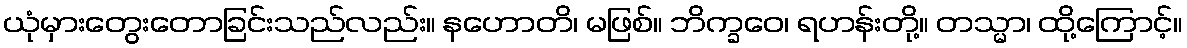
ယုံမှားတွေးတောခြင်းသည်လည်း။ နဟောတိ၊ မဖြစ်။ ဘိက္ခဝေ၊ ရဟန်းတို့။ တသ္မာ၊ ထို့ကြောင့်။